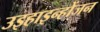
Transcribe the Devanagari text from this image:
उइहाइन्होंजन